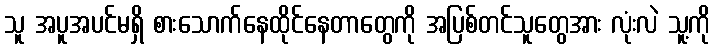
သူ အပူအပင်မရှိ စားသောက်နေထိုင်နေတာတွေကို အပြစ်တင်သူတွေအား လုံးလဲ သူ့ကို